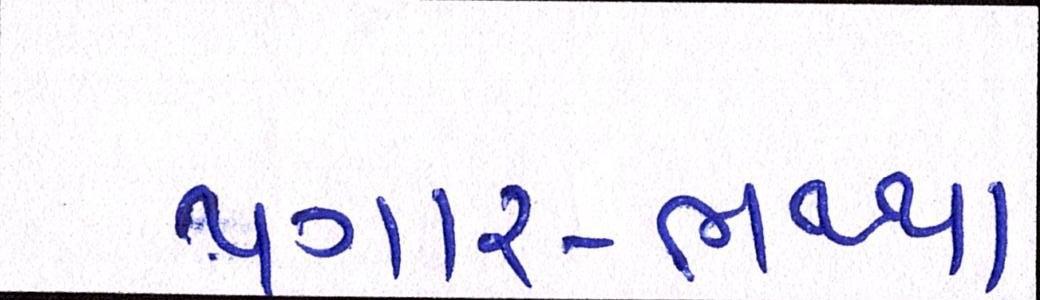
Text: પગાર-ભથ્થા